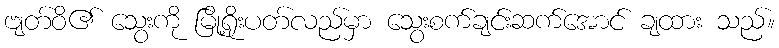
ဗျတ်ဝိ၏ သွေးကို မြို့ရိုးပတ်လည်မှာ သွေးစက်ချင်းဆက်အောင် ချထား သည်။